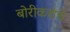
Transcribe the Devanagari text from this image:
बोरीकरांचे